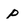
Character: p